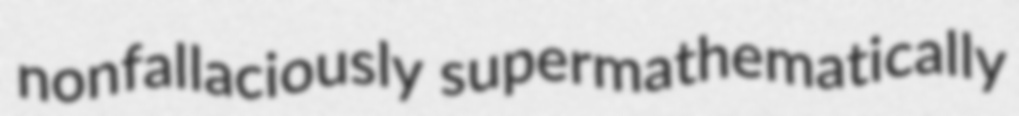
nonfallaciously supermathematically